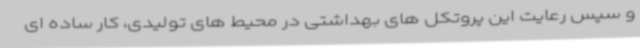
و سپس رعایت این پروتکل های بهداشتی در محیط های تولیدی، کار ساده ای